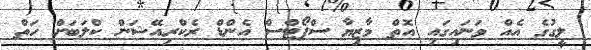
ލީގުގެ އެއް ވަނައިގައި އޮތް މާޒިޔާ ސްޕޯޓްސް އެންޑް ރެކްރިއޭޝަން ކްލަބަށް ހަތް